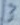
Text: 3